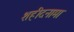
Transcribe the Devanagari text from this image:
शहीदनामा